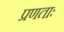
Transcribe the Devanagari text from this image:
प्रणताः